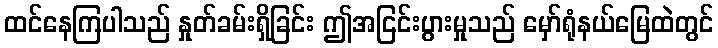
ထင်နေကြပါသည် နှုတ်ခမ်းရှိခြင်း ဤအငြင်းပွားမှုသည် မှော်ရုံနယ်မြေထဲတွင်